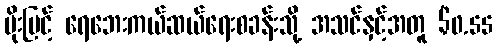
မိုးမြင့် ရေဘေးကယ်ဆယ်ရေးစခန်းသို့ အသင်နှင့်အတူ $0.55